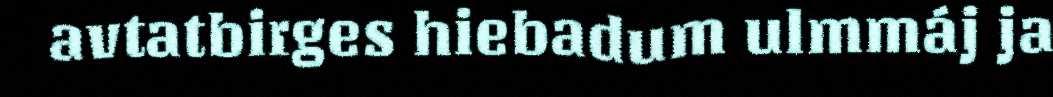
avtatbirges hiebadum ulmmáj ja